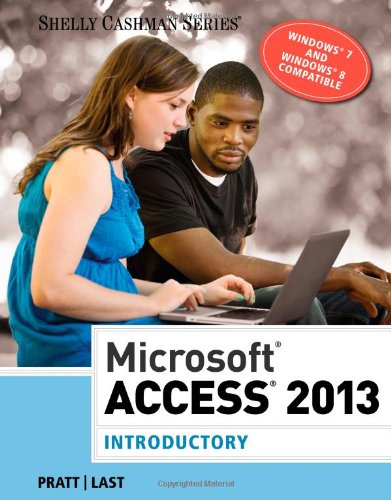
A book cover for Microsoft Access 2013: Introductory (Shelly Cashman Series); Philip J. Pratt; Computers & Technology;